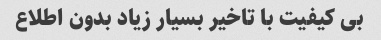
بی کیفیت با تاخیر بسیار زیاد بدون اطلاع